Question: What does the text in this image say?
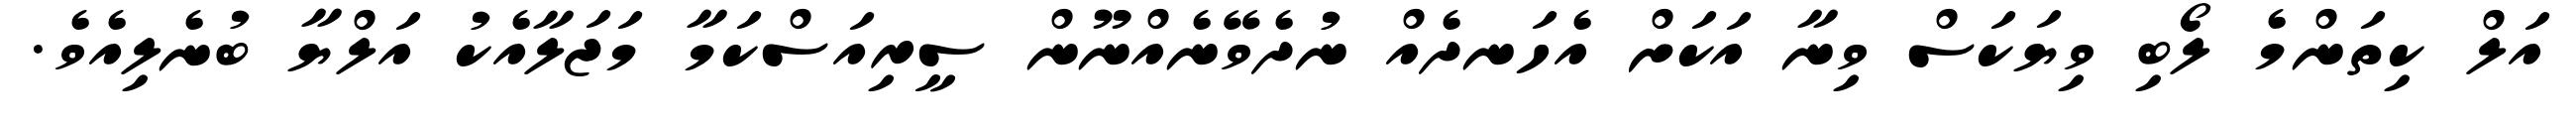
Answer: އަލް ކިތަންމެ ލޯބި ވިޔަކަސް ވިނާ އަކަށް އެހަނދެއް ނުދެވޭނެއްނޫން ސީރިއަސްކަމާ މަޖަލާއެކު އަލްޔާ ބުނެލިއެވެ.